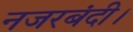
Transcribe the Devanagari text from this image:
नजरबंदी।